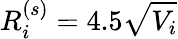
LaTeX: R_{i}^{(s)}=4.5\sqrt{V_{i}}